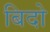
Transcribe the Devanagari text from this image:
बिदो